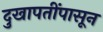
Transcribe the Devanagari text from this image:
दुखापतींपासून